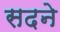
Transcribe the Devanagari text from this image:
सदने